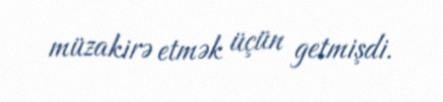
müzakirə etmək üçün getmişdi.